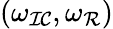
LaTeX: (\omega_{\mathcal{IC}},\omega_{\mathcal{R}})